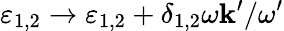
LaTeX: \varepsilon_{1,2}\to\varepsilon_{1,2}+\delta_{1,2}\omega\mathbf{k}^{\prime}/\omega^{\prime}